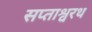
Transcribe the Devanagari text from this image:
सप्ताश्वरथ